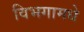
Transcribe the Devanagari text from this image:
विभगामधे